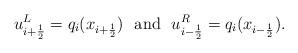
LaTeX: \begin{align*}u^{L}_{i+\frac{1}{2}}=q_i(x_{i+\frac{1}{2}}) \ \ {\rm and} \ \ u^{R}_{i-\frac{1}{2}}=q_{i}(x_{i-\frac{1}{2}}).\end{align*}